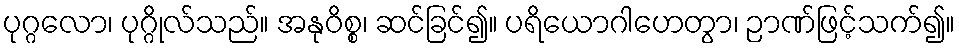
ပုဂ္ဂလော၊ ပုဂ္ဂိုလ်သည်။ အနုဝိစ္စ၊ ဆင်ခြင်၍။ ပရိယောဂါဟေတွာ၊ ဉာဏ်ဖြင့်သက်၍။